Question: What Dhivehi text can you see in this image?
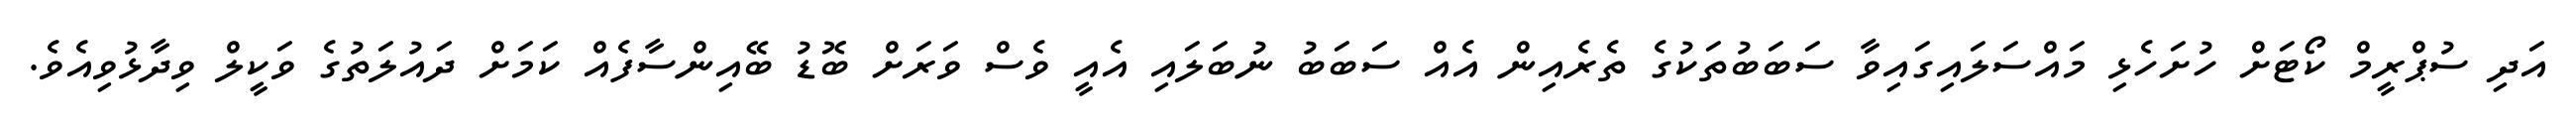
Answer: އަދި ސުޕްރީމް ކޯޓަށް ހުށަހެޅި މައްސަލައިގައިވާ ސަބަބުތަކުގެ ތެރެއިން އެއް ސަބަބު ނުބަލައި އެއީ ވެސް ވަރަށް ބޮޑު ބޭއިންސާފެއް ކަމަށް ދައުލަތުގެ ވަކީލް ވިދާޅުވިއެވެ.